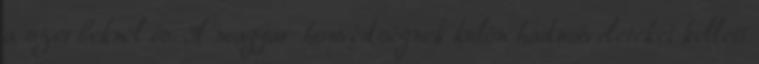
a szerbeknél is. A magyar honvédségnek külön hadműveleteket kellett